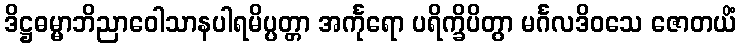
ဒိဋ္ဌဓမ္မာဘိညာဝေါသာနပါရမိပ္ပတ္တာ အင်္ကုရော ပရိက္ခိပိတွာ မင်္ဂလဒိဝသေ ဇောတယိံ